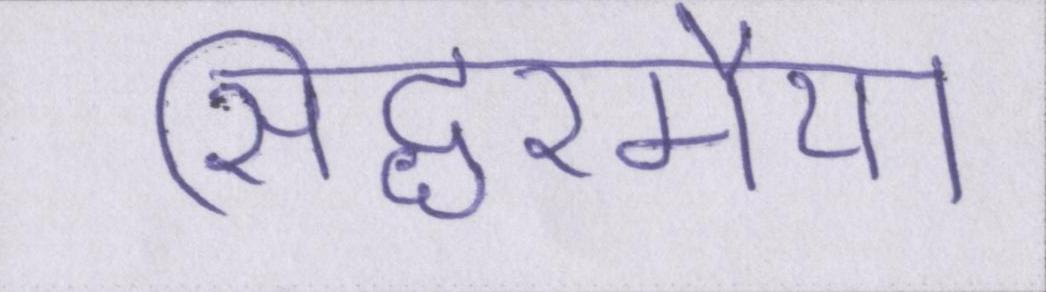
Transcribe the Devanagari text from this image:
सिद्धरमैया